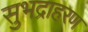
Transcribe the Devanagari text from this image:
सुभद्राहरण